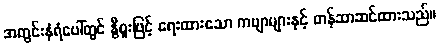
အတွင်းနံရံပေါ်တွင် နွီစူးဖြင့် ရေးထားသော ကဗျာများနှင့် တန်ဆာဆင်ထားသည်။